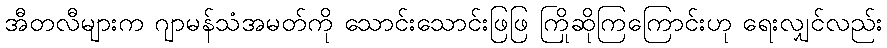
အီတလီများက ဂျာမန်သံအမတ်ကို သောင်းသောင်းဖြဖြ ကြိုဆိုကြကြောင်းဟု ရေးလျှင်လည်း